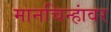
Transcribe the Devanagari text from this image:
मानचिन्हांवर